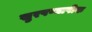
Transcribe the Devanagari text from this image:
खुरपण्यापीक